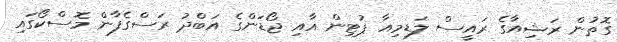
ގޮތުން ރަޝިއާގެ ރައީސް ލަޑިމިއާ ޕުޓިން އާއި ޖޯޑަންގެ އަބްދު ރަސްގެފާން މޮސްކޯގައި